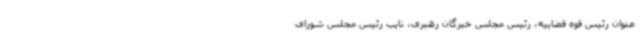
عنوان رئیس قوه قضاییه، رئیس مجلس خبرگان رهبری، نایب رئیس مجلس شورای